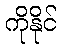
ကိုနိုင်